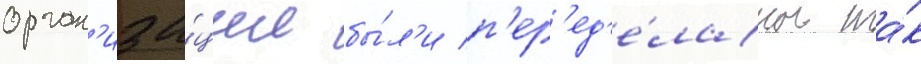
орган'иза́ции бы́л'и п'ер'ед'е́ланы та́к